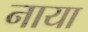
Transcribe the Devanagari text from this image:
नाया